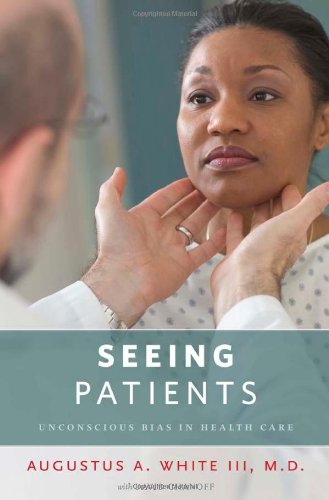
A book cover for Seeing Patients: Unconscious Bias in Health Care; Augustus A. White III; Medical Books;